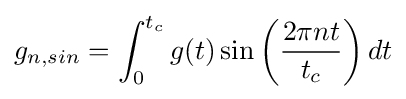
g_{n,sin}=\int _{0}^{t_{c}}{g(t)\sin \left({{2\pi nt} \over {t_{c}}}\right)dt}